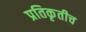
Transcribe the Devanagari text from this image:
प्रतिकृतीच